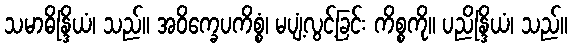
သမာဓိန္ဒြိယံ၊ သည်။ အဝိက္ခေပကိစ္စံ၊ မပျံ့လွင့်ခြင်း ကိစ္စကို။ ပညိန္ဒြိယံ၊ သည်။